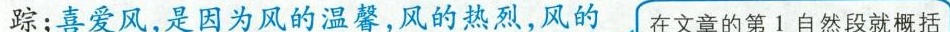
踪；喜爱风，是因为风的温馨，风的热烈，风的 在文章的第1自然段就概括